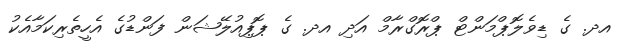
އދ. ގެ ޑިވެލޮޕްމަންޓް ޕްރޮގްރާމް އަދި އދ. ގެ ޕޮޕިއުލޭޝަން ފަންޑުގެ އެހީތެރިކަމާއެކު